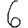
Digit: 6